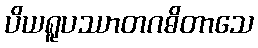
ပိယရူပဿာတဂဓိတာသေ